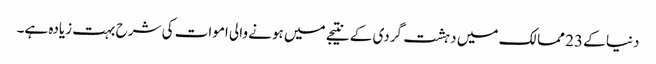
دنیا کے 23 ممالک میں دہشت گردی کے نتیجے میں ہونے والی اموات کی شرح بہت زیادہ ہے۔